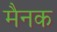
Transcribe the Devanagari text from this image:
मैनक